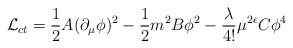
LaTeX: \begin{align*}{\cal L}_{ct} = {1\over 2} A (\partial_{\mu}\phi)^2 - {1\over 2} m^2 B \phi^2 - {\lambda\over 4!} \mu^{2\epsilon} C \phi^4\end{align*}